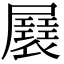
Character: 㞡